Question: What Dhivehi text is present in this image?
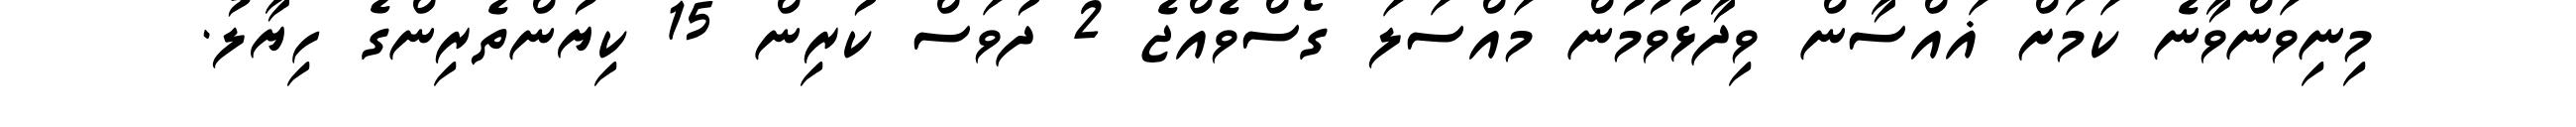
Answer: މިނިވަންވާނެ ކަމަށް ޣައްސާން ވިދާޅުވުމުން މައްސަލަ ގޯސްވެއްޖެ 2 ދުވަސް ކުރިން 15 ކިޔުންތެރިންގެ ހިޔާލު.